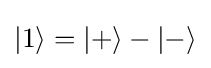
{\textstyle |\mathrm {1} \rangle =|+\rangle -|{-}\rangle }